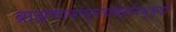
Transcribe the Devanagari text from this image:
ब्राह्मणानांतुपंचमेहनिभूभृतां